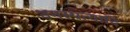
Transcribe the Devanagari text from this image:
वनस्पत्यादि